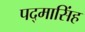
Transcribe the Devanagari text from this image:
पद्‌मासिंह